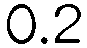
0.2